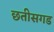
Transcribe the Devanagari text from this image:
छतीसगड